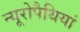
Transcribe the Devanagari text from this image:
न्यूरोपैथियां